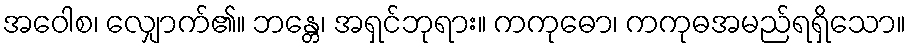
အဝေါစ၊ လျှောက်၏။ ဘန္တေ၊ အရှင်ဘုရား။ ကကုဓော၊ ကကုဓအမည်ရရှိသော။